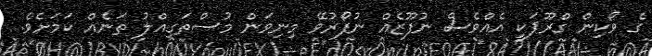
ގެ ވޯކިން ގްރޫޕަކީ އެއްވެސް ނުފޫޒެއް ނުފޯރުވޭ މިނިވަން މުސްތަގިއްލު ތަނެއް ކަމަށެވެ.